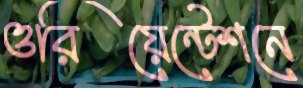
ওরিয়েন্টেশনে